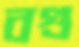
বগু